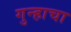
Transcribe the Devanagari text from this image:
गुन्हाचा